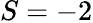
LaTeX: S=-2